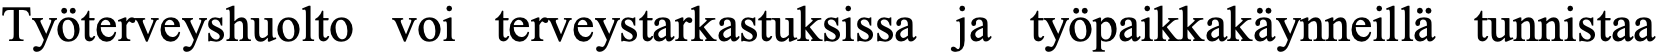
Työterveyshuolto voi terveystarkastuksissa ja työpaikkakäynneillä tunnistaa